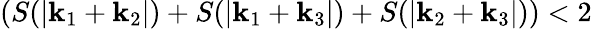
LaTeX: \left(S(|\mathbf{k}_{1}+\mathbf{k}_{2}|)+S(|\mathbf{k}_{1}+\mathbf{k}_{3}|)+S(|\mathbf{k}_{2}+\mathbf{k}_{3}|)\right)<2